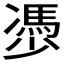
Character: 𠘔